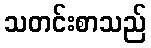
သတင်းစာသည်